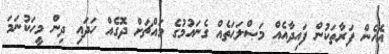
އެހެން ފަރާތަކުން ފައިދާއެއް މަޞްލަޙަތެއް ގެނައުމުގެ މައްޗަށް ދޮގެއް ހަދައި ދިން މީހަކުނަމަ